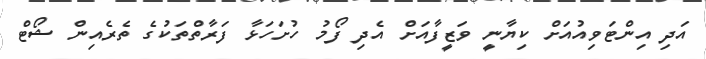
އަދި އިންޓަވިއުއަށް ކިޔާނީ ވަޒީފާއަށް އެދި ފޯމު ހުށަހަޅާ ފަރާތްތަކުގެ ތެރެއިން ޝޯޓް